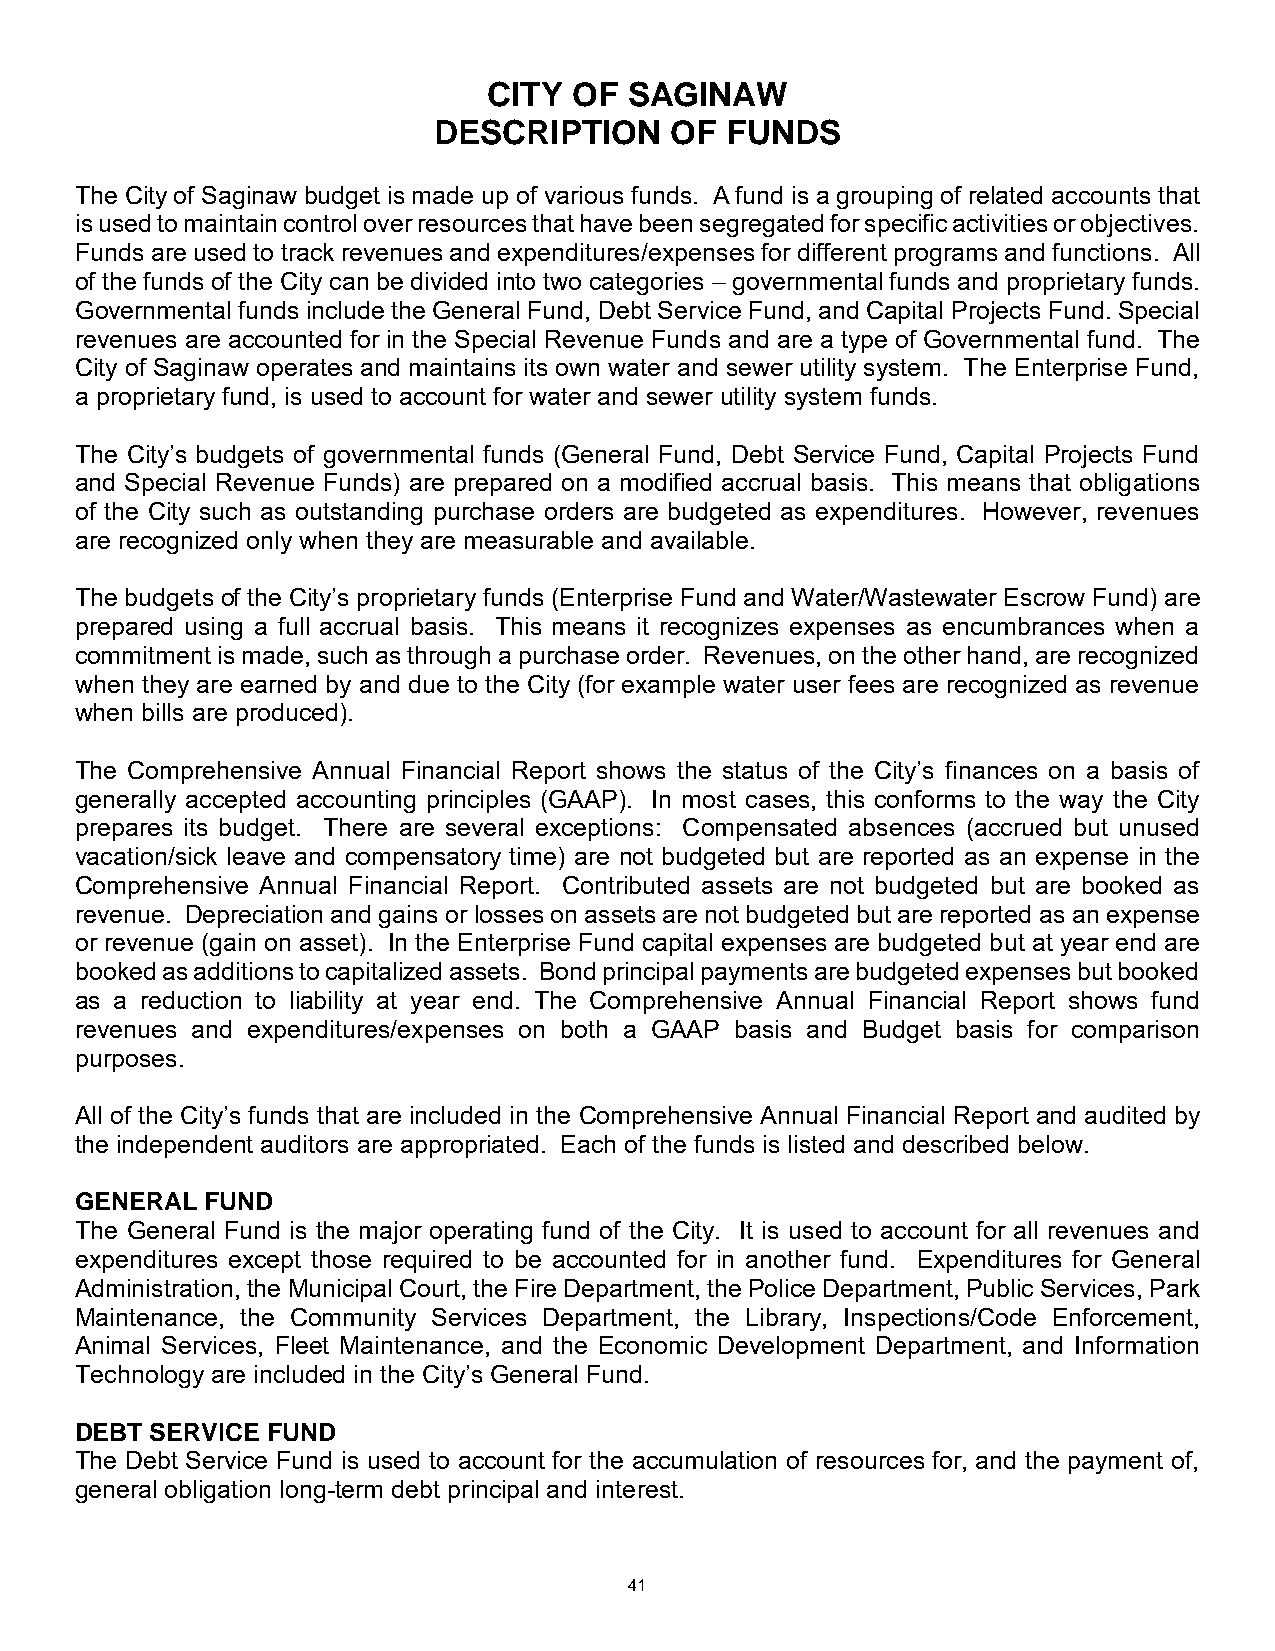
CITY  OF  SAGINAW
 DESCRIPTION    OF  FUNDS
 The City of Saginaw budget is made up of various funds. A fund is a grouping of related accounts that
 is used to maintain control over resources that have been segregated for specific activities or objectives.
 Funds are used to track revenues and expenditures/expenses for different programs and functions. All
 of the funds of the City can be divided into two categories – governmental funds and proprietary funds.
 Governmental funds include the General Fund, Debt Service Fund, and Capital Projects Fund. Special
 revenues are accounted for in the Special Revenue Funds and are a type of Governmental fund. The
 City of Saginaw operates and maintains its own water and sewer utility system. The Enterprise Fund,
 a proprietary fund, is used to account for water and sewer utility system funds.
 The City’s budgets of governmental funds (General Fund, Debt Service Fund, Capital Projects Fund
 and Special Revenue Funds) are prepared on a modified accrual basis. This means that obligations
 of the City such as outstanding purchase orders are budgeted as expenditures. However, revenues
 are recognized only when they are measurable and available.
 The budgets of the City’s proprietary funds (Enterprise Fund and Water/Wastewater Escrow Fund) are
 prepared using a full accrual basis. This means it recognizes expenses as encumbrances when a
 commitment is made, such as through a purchase order. Revenues, on the other hand, are recognized
 when they are earned by and due to the City (for example water user fees are recognized as revenue
 when bills are produced).
 The Comprehensive Annual Financial Report shows the status of the City’s finances on a basis of
 generally accepted accounting principles (GAAP). In most cases, this conforms to the way the City
 prepares its budget. There are several exceptions: Compensated absences (accrued but unused
 vacation/sick leave and compensatory time) are not budgeted but are reported as an expense in the
 Comprehensive Annual Financial Report. Contributed assets are not budgeted but are booked as
 revenue. Depreciation and gains or losses on assets are not budgeted but are reported as an expense
 or revenue (gain on asset). In the Enterprise Fund capital expenses are budgeted but at year end are
 booked as additions to capitalized assets. Bond principal payments are budgeted expenses but booked
 as a reduction to liability at year end. The Comprehensive Annual Financial Report shows fund
 revenues and expenditures/expenses on both a GAAP basis and Budget basis for comparison
 purposes.
 All of the City’s funds that are included in the Comprehensive Annual Financial Report and audited by
 the independent auditors are appropriated. Each of the funds is listed and described below.
 GENERAL  FUND
 The General Fund is the major operating fund of the City. It is used to account for all revenues and
 expenditures except those required to be accounted for in another fund. Expenditures for General
 Administration, the Municipal Court, the Fire Department, the Police Department, Public Services, Park
 Maintenance, the Community Services Department, the Library, Inspections/Code Enforcement,
 Animal Services, Fleet Maintenance, and the Economic Development Department, and Information
 Technology are included in the City’s General Fund.
 DEBT SERVICE FUND
 The Debt Service Fund is used to account for the accumulation of resources for, and the payment of,
 general obligation long-term debt principal and interest.
 41